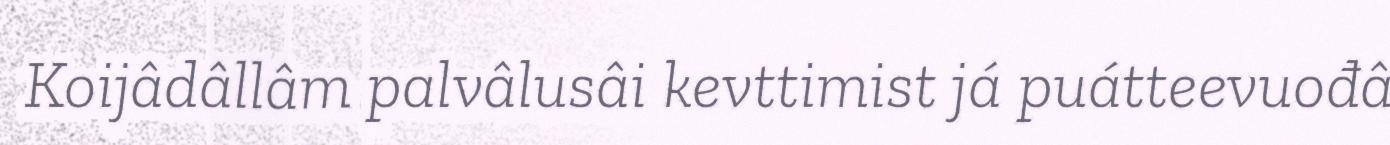
Koijâdâllâm palvâlusâi kevttimist já puátteevuođâ